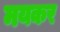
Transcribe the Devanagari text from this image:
मयकर